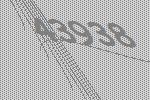
43938